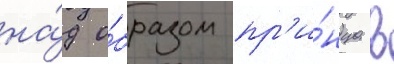
на́д о́бразом пр'и́нца в